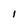
Character: l